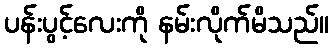
ပန်းပွင့်လေးကို နမ်းလိုက်မိသည်။